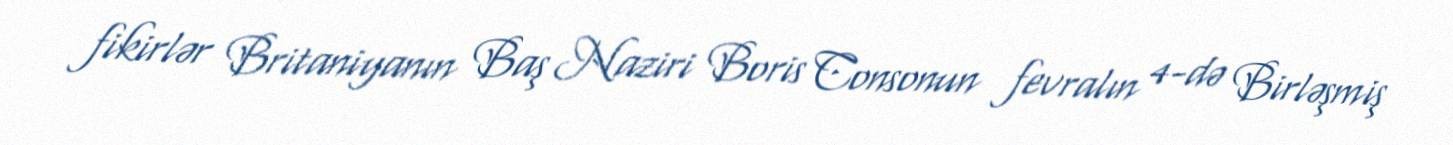
fikirlər Britaniyanın Baş Naziri Boris Consonun fevralın 4-də Birləşmiş